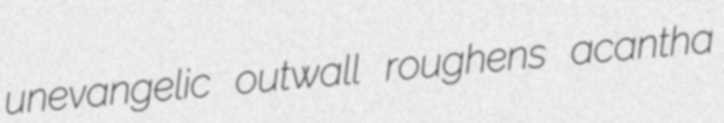
unevangelic outwall roughens acantha